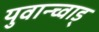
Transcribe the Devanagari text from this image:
युवान्च्वाड्